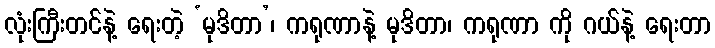
လုံးကြီးတင်နဲ့ ရေးတဲ့ ‘မုဒိတာ’၊ ကရုဏာနဲ့ မုဒိတာ၊ ကရုဏာ ကို ဂယ်နဲ့ ရေးတာ